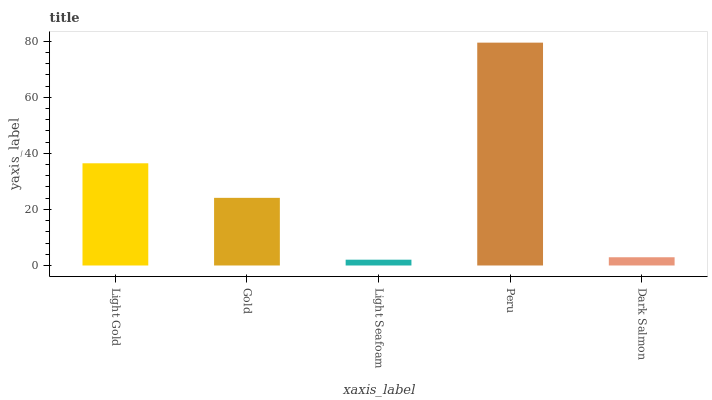
| xaxis_label | bars |
 | --- | --- |
 | Light Gold | 36.4 |
 | Gold | 24.1 |
 | Light Seafoam | 2.07 |
 | Peru | 79.5 |
 | Dark Salmon | 2.94 |